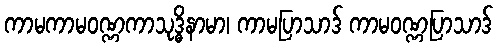
ကာမကာမဝဏ္ဏကာသုဒ္ဓိနာမာ၊ ကာမပြာသာဒ် ကာမဝဏ္ဏပြာသာဒ်